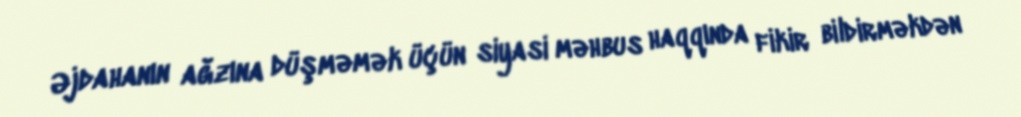
Əjdahanın ağzına düşməmək üçün siyasi məhbus haqqında fikir bildirməkdən